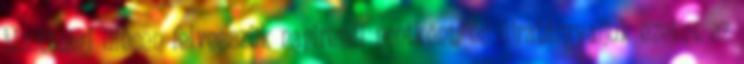
bizottsági ülésen felvesszük napirendi pontként, és újratárgyaljuk ezeket az